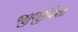
જીજીવિશા